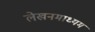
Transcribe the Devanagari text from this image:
लेखनमाध्यम